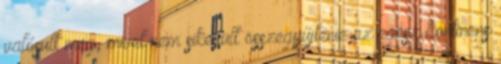
valósult meg, mivel nem sikerült összegyűjtenie az egész kontinens